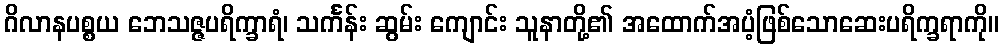
ဂိလာနပစ္စယ ဘေသဇ္ဇပရိက္ခာရံ၊ သင်္ကန်း ဆွမ်း ကျောင်း သူနာတို့၏ အထောက်အပံ့ဖြစ်သောဆေးပရိက္ခရာကို။